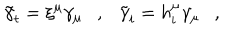
LaTeX: \tilde { \gamma } _ { t } = \xi ^ { \mu } \gamma _ { \mu } , \tilde { \gamma } _ { i } = h _ { i } ^ { \mu } \gamma _ { \mu } ,